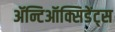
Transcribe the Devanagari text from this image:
ॲन्टिऑक्सिडेंट्स